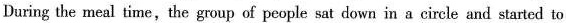
During the meal time,the groupof people sat down in a circle and started to